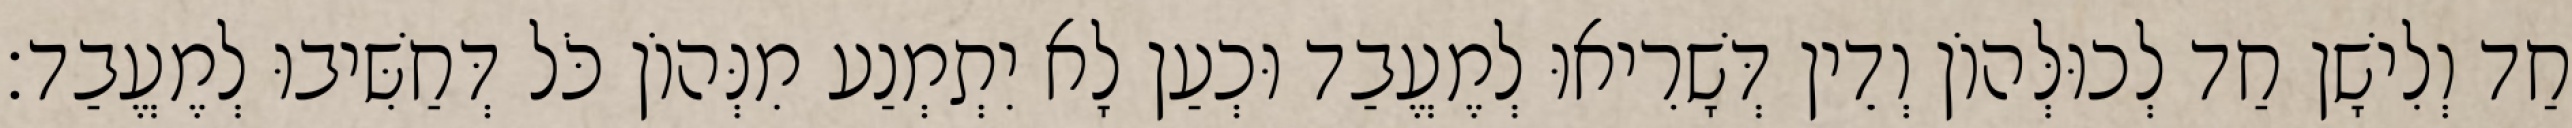
חַד וְלִישָׁן חַד לְכוּלְּהוֹן וְדֵין דְּשָׁרִיאוּ לְמֶעֱבַד וּכְעַן לָא יִתְמְנַע מִנְּהוֹן כֹּל דְּחַשִּׁיבוּ לְמֶעֱבַד׃